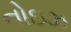
નોઇઝ